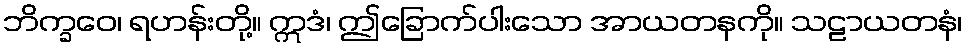
ဘိက္ခဝေ၊ ရဟန်းတို့။ ဣဒံ၊ ဤခြောက်ပါးသော အာယတနကို။ သဠာယတနံ၊